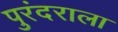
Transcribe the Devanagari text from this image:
पुरंदराला